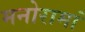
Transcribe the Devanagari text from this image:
मनोरामां